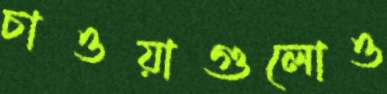
চাওয়াগুলোও